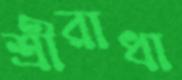
শ্রীরাধা